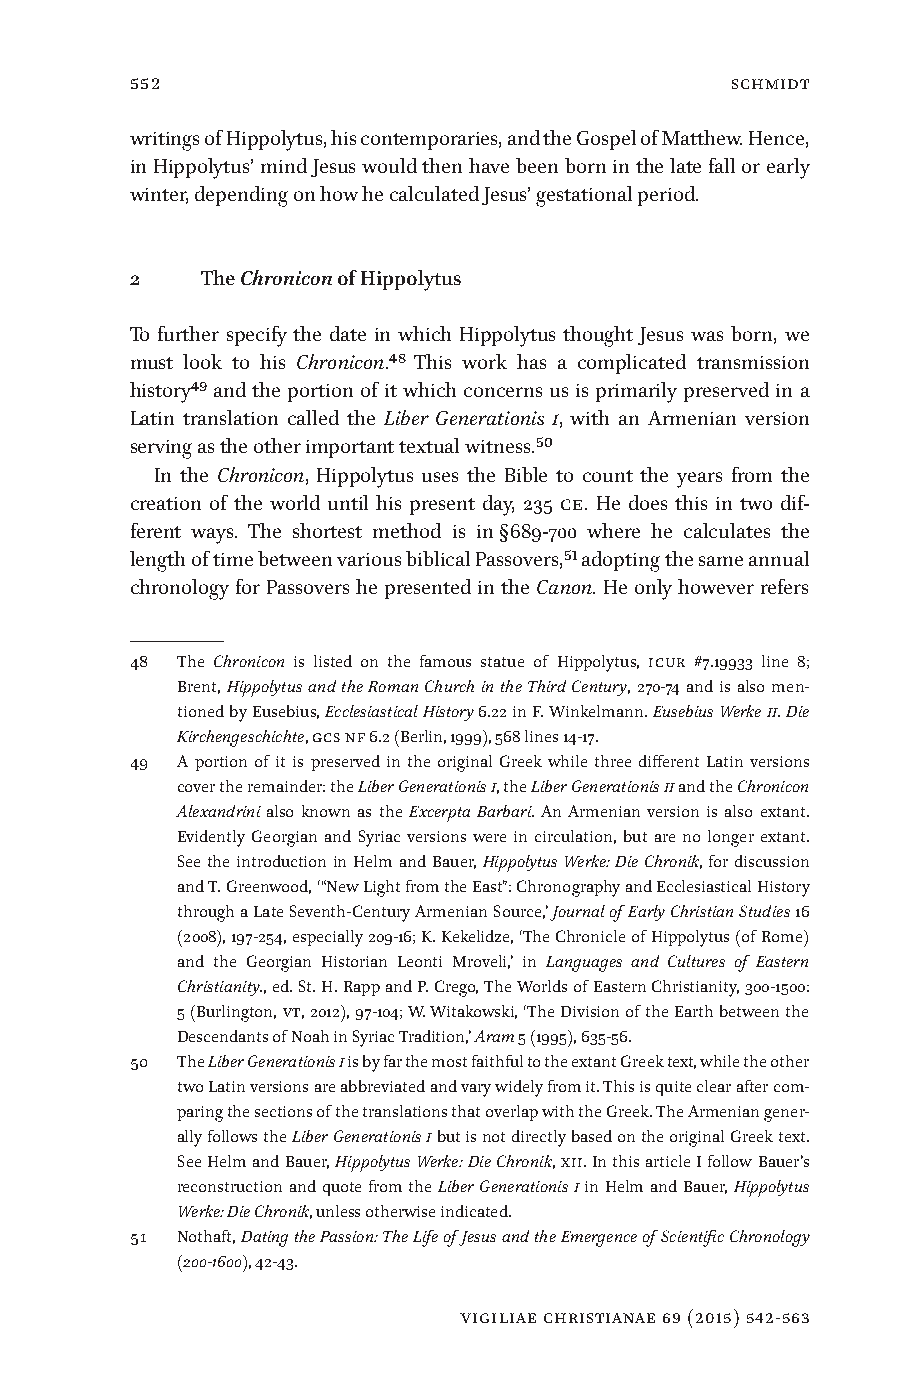
552                                    Schmidt
 writings of Hippolytus, his contemporaries, and the Gospel of Matthew. Hence,
 in Hippolytus’ mind Jesus would then have been born in the late fall or early
 winter, depending on how he calculated Jesus’ gestational period.
 2   The Chronicon of Hippolytus
 To further specify the date in which Hippolytus thought Jesus was born, we
 must look to his Chronicon.48 This work has a complicated transmission
 history49 and the portion of it which concerns us is primarily preserved in a
 Latin translation called the Liber Generationis I, with an Armenian version
 serving as the other important textual witness.50
 In the Chronicon, Hippolytus uses the Bible to count the years from the
 creation of the world until his present day, 235 CE. He does this in two dif-
 ferent ways. The shortest method is in §689-700 where he calculates the
 length of time between various biblical Passovers,51 adopting the same annual
 chronology for Passovers he presented in the Canon. He only however refers
 48 The Chronicon is listed on the famous statue of Hippolytus, ICUR #7.19933 line 8;
 Brent, Hippolytus and the Roman Church in the Third Century, 270-74 and is also men-
 tioned by Eusebius, Ecclesiastical History 6.22 in F. Winkelmann. Eusebius Werke II. Die
 Kirchengeschichte, GCS NF 6.2 (Berlin, 1999), 568 lines 14-17.
 49 A portion of it is preserved in the original Greek while three different Latin versions
 cover the remainder: the Liber Generationis I, the Liber Generationis II and the Chronicon
 Alexandrini also known as the Excerpta Barbari. An Armenian version is also extant.
 Evidently Georgian and Syriac versions were in circulation, but are no longer extant.
 See the introduction in Helm and Bauer, Hippolytus Werke: Die Chronik, for discussion
 and T. Greenwood, ‘ “New Light from the East”: Chronography and Ecclesiastical History
 through a Late Seventh-Century Armenian Source,’ Journal of Early Christian Studies 16
 (2008), 197-254, especially 209-16; K. Kekelidze, ‘The Chronicle of Hippolytus (of Rome)
 and the Georgian Historian Leonti Mroveli,’ in Languages and Cultures of Eastern
 Christianity., ed. St. H. Rapp and P. Crego, The Worlds of Eastern Christianity, 300-1500:
 5 (Burlington, VT, 2012), 97-104; W. Witakowski, ‘The Division of the Earth between the
 Descendants of Noah in Syriac Tradition,’ Aram 5 (1995), 635-56.
 50 The Liber Generationis I is by far the most faithful to the extant Greek text, while the other
 two Latin versions are abbreviated and vary widely from it. This is quite clear after com-
 paring the sections of the translations that overlap with the Greek. The Armenian gener-
 ally follows the Liber Generationis I but is not directly based on the original Greek text.
 See Helm and Bauer, Hippolytus Werke: Die Chronik, XII. In this article I follow Bauer’s
 reconstruction and quote from the Liber Generationis I in Helm and Bauer, Hippolytus
 Werke: Die Chronik, unless otherwise indicated.
 51 Nothaft, Dating the Passion: The Life of Jesus and the Emergence of Scientific Chronology
 (200-1600), 42-43.
 vigiliae christianae 69 (2015) 542-563